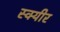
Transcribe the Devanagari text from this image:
स्क्यीर